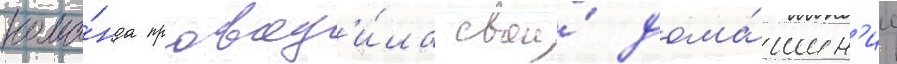
кома́нда провод'и́ла свои́ дома́шн'ие